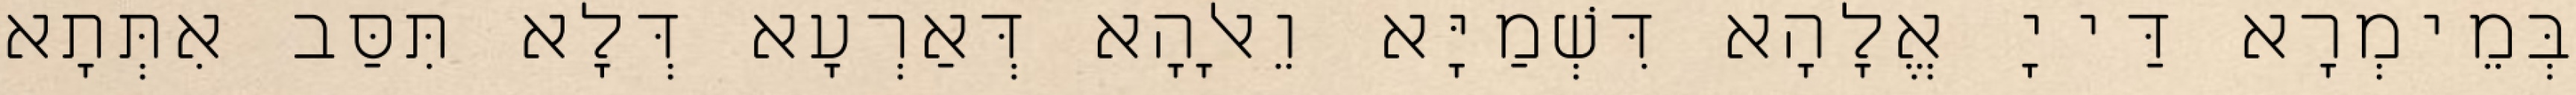
בְּמֵימְרָא דַּייָ אֱלָהָא דִּשְׁמַיָּא וֵאלָהָא דְּאַרְעָא דְּלָא תִּסַּב אִתְּתָא